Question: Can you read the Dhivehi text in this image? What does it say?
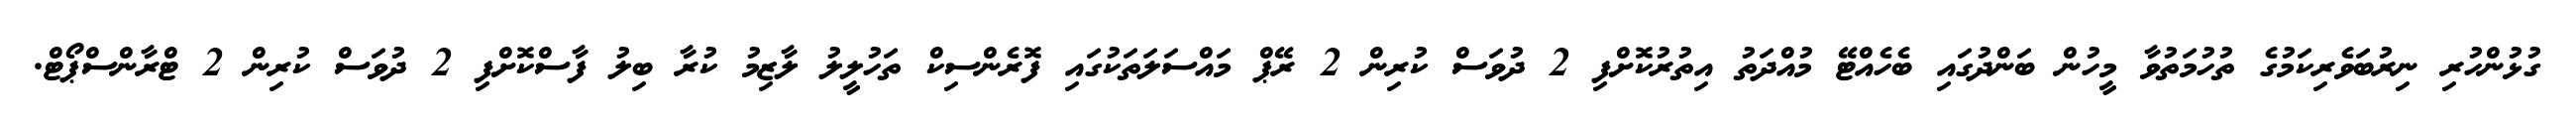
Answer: ގުޅުންހުރި ނިރުބަވެރިކަމުގެ ތުހުމަތުވާ މީހުން ބަންދުގައި ބެހެއްޓޭ މުއްދަތު އިތުރުކޮށްފި 2 ދުވަސް ކުރިން 2 ރޭޕް މައްސަލަތަކުގައި ފޮރެންސިކް ތަހުލީލު ލާޒިމު ކުރާ ބިލު ފާސްކޮށްފި 2 ދުވަސް ކުރިން 2 ޓްރާންސްޕޯޓް.